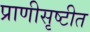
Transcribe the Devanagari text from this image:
प्राणीसृष्टीत